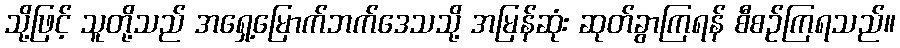
သို့ဖြင့် သူတို့သည် အရှေ့မြောက်ဘက်ဒေသသို့ အမြန်ဆုံး ဆုတ်ခွာကြရန် စီစဉ်ကြရသည်။